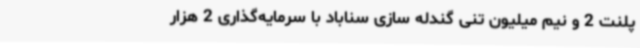
پلنت 2 و نیم میلیون تنی گندله سازی سناباد با سرمایه‌گذاری 2 هزار